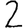
Digit: 2